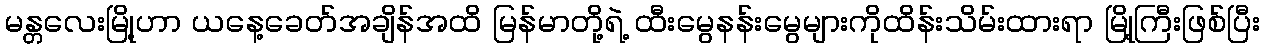
မန္တလေးမြို့ဟာ ယနေ့ခေတ်အချိန်အထိ မြန်မာတို့ရဲ့ ထီးမွေနန်းမွေများကိုထိန်းသိမ်းထားရာ မြို့ကြီးဖြစ်ပြီး